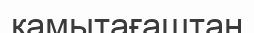
қамытағаштан